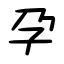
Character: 孕